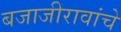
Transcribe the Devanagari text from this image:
बजाजीरावांचे